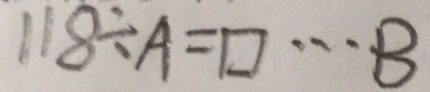
1 1 8 \div A = \square \cdots B